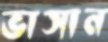
ভাসান